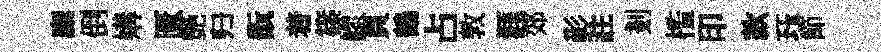
縻倒媾匱艶归翫着篠鰥頁鶴占敦涯郊彰註剗槛印款珏節